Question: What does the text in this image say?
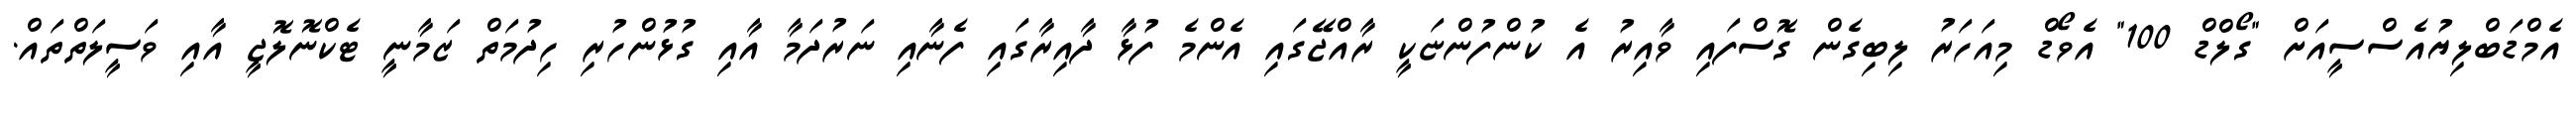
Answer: އެމްޑަބްލިޔުއެސްސީއަށް "ގޯލްޑް 100" އެވޯޑް މިއަހަރު ލިބިގެން ގޮސްފައި ވާއިރު އެ ކުންފުންޏަކީ ރާއްޖޭގައި އެންމެ ފުޅާ ދާއިރާގައި ފެނާއި ނަރުދަމާ އާއި ގުޅުންހުރި ހިދުމަތް ޒަމާނީ ޓެކްނޮލޮޖީ އާއި ވަސީލަތްތައް.